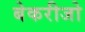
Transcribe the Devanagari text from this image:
बेकरीजो